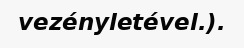
vezényletével.).